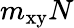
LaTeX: m_{\textrm{xy}}N